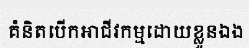
គំនិតបើកអាជីវកម្មដោយខ្លួនឯង